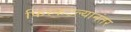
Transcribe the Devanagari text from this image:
फिस्कटल्यानंतर